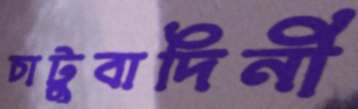
চাটুবাদিনী